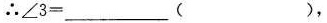
∴$$∠ 3 = ___ ( )$$，